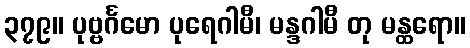
၃၇၉။ ပုဗ္ဗင်္ဂမော ပုရေဂါမီ၊ မန္ဒဂါမီ တု မန္ထရော။